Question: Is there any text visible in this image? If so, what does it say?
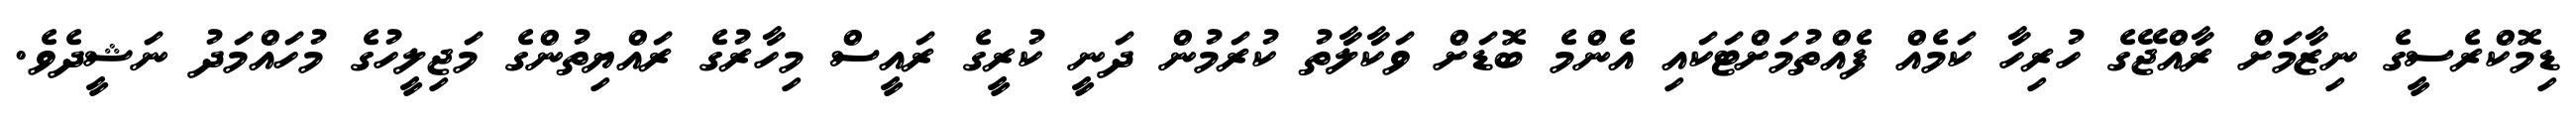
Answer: ޑިމޮކްރެސީގެ ނިޒާމަށް ރާއްޖޭގެ ހުރިހާ ކަމެއް ފެއްތުމަށްޓަކައި އެންމެ ބޮޑަށް ވަކާލާތު ކުރަމުން ދަނީ ކުރީގެ ރައީސް މިހާރުގެ ރައްޔިތުންގެ މަޖިލީހުގެ މުހައްމަދު ނަޝީދެވެ.